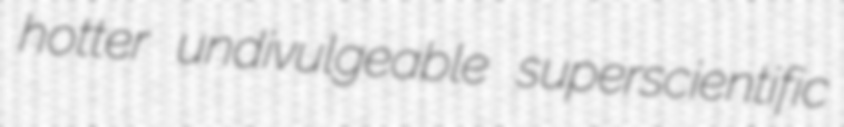
hotter undivulgeable superscientific